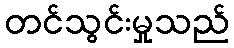
တင်သွင်းမှုသည်